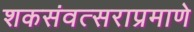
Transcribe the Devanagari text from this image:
शकसंवत्सराप्रमाणे